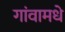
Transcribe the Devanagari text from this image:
गांवामधे